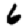
Digit: 6